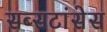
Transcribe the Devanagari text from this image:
सब्सटांसेस